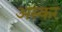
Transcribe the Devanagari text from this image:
अस्कर